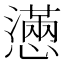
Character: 懣